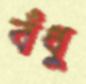
বঁধু